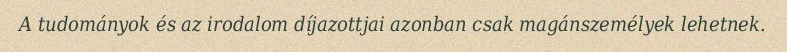
A tudományok és az irodalom díjazottjai azonban csak magánszemélyek lehetnek.